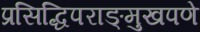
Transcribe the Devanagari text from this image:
प्रसिद्धिपराङ्‌मुखपणे